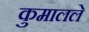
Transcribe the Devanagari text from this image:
कुमालले